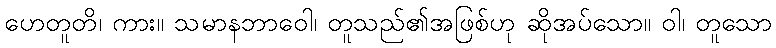
ဟေတူတိ၊ ကား။ သမာနဘာဝေါ၊ တူသည်၏အဖြစ်ဟု ဆိုအပ်သော။ ဝါ၊ တူသော